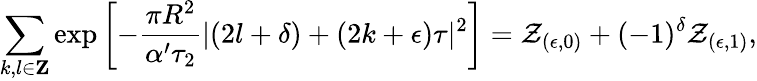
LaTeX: \sum_{k,l\in{\mathbf Z}}\exp\left[-\frac{\pi R^{2}}{\alpha^{\prime}\tau_{2}}|(2l+\delta)+(2k+\epsilon)\tau|^{2}\right]={\cal Z}_{(\epsilon,0)}+(-1)^{\delta}{\cal Z}_{(\epsilon,1)},